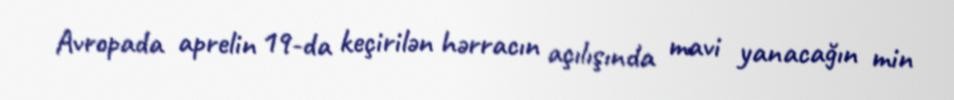
Avropada aprelin 19-da keçirilən hərracın açılışında mavi yanacağın min